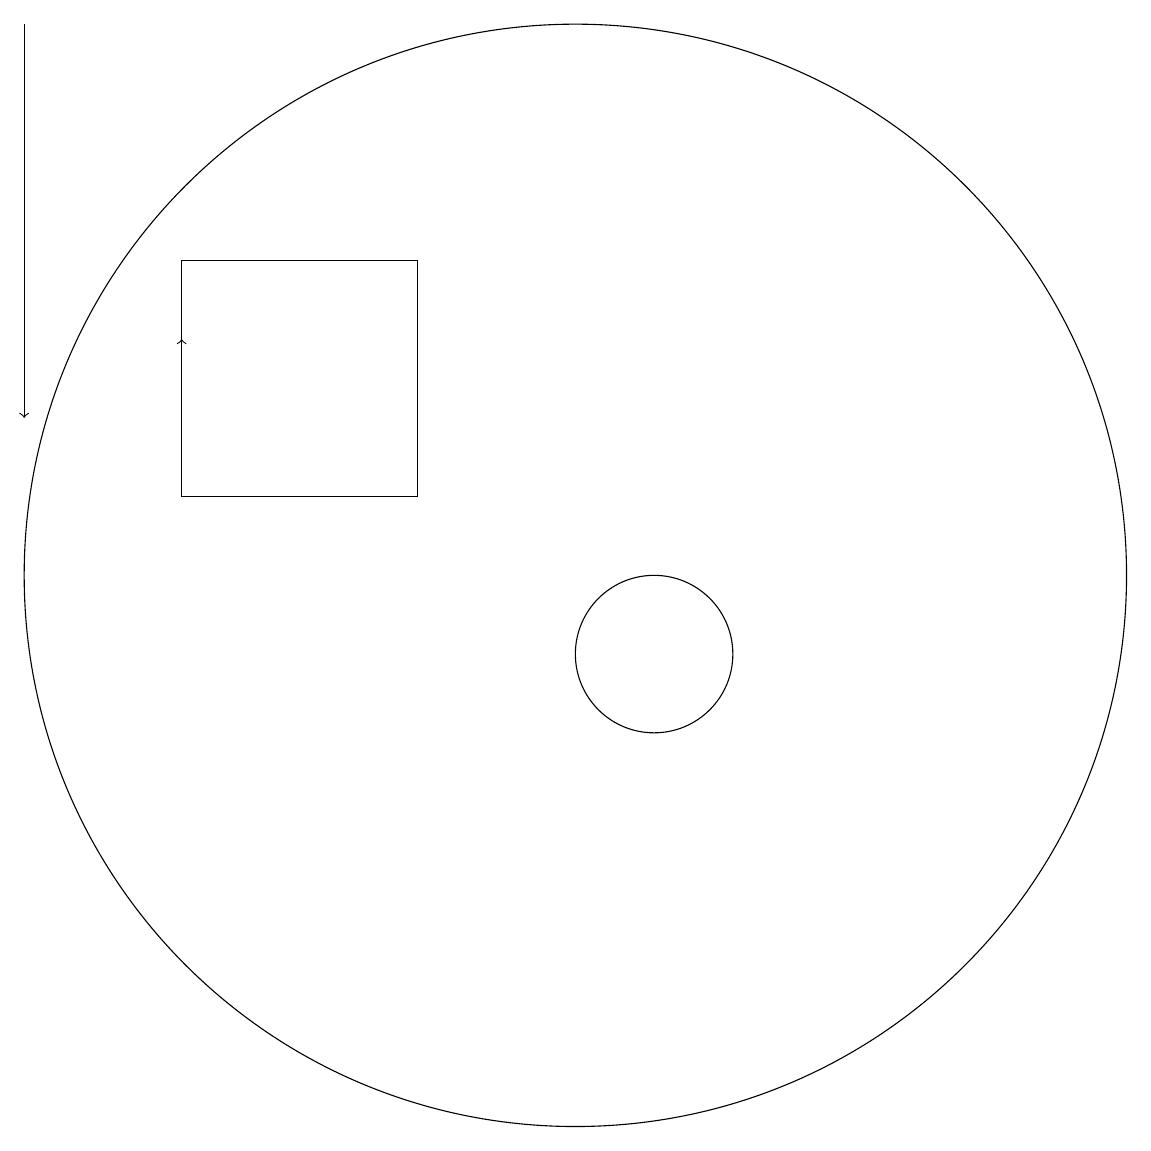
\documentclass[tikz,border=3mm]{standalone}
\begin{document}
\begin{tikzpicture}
\draw (11,12) circle (7);
\draw[->] (6,13) -- (6,15);
\draw[->] (4,19) -- (4,14);
\draw (12,11) circle (1);
\draw (6,13) rectangle (9,16);
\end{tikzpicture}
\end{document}